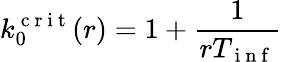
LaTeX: k_{0}^{\mathrm{~c~r~i~t~}}(r)=1+\frac 1{rT_{\mathrm{~i~n~f~}}}